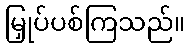
မြှုပ်ပစ်ကြသည်။